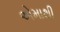
એમાથી